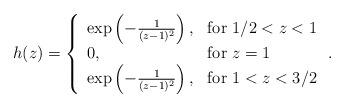
LaTeX: \begin{align*}h(z)=\left\{\begin{array}[c]{ll}\exp\left(-\frac{1}{(z-1)^2}\right), & \mbox{for} \ 1/2<z<1\\0, & \mbox{for} \ z=1\\\exp\left(-\frac{1}{(z-1)^2}\right), & \mbox{for} \ 1<z<3/2\\\end{array}\right..\end{align*}